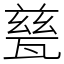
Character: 甆